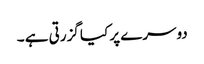
دوسرے پر کیا گزرتی ہے ۔